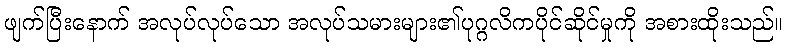
ဖျက်ပြီးနောက် အလုပ်လုပ်သော အလုပ်သမားများ၏ပုဂ္ဂလိကပိုင်ဆိုင်မှုကို အစားထိုးသည်။